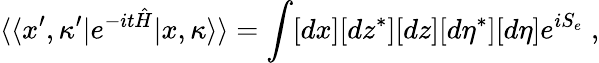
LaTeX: \langle\langle x^{\prime},\kappa^{\prime}|e^{-it\hat{H}}|x,\kappa\rangle\rangle=\int[dx][dz^{*}][dz][d\eta^{*}][d\eta]e^{iS_{e}}\; ,